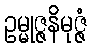
ဥမ္မုဇ္ဇနိမုဇ္ဇံ